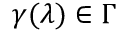
\gamma ( \lambda ) \in \Gamma